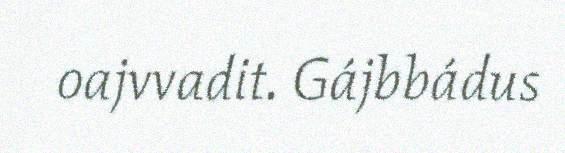
oajvvadit. Gájbbádus